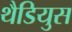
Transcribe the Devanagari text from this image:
थैडियुस